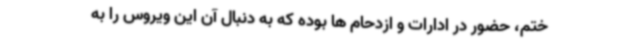
ختم، حضور در ادارات و ازدحام ها بوده که به دنبال آن این ویروس را به